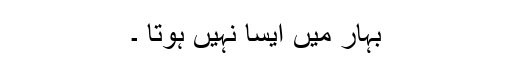
بہار میں ایسا نہیں ہوتا ۔